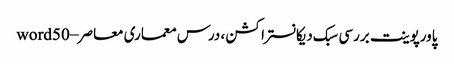
پاورپوینت بررسی سبک دیکانستراکشن ، درس معماری معاصر – word50